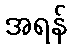
အရန်